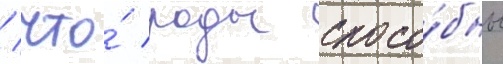
/ что́ роды спосо́бны